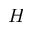
H